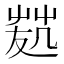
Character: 𠙢